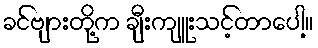
ခင်ဗျားတို့က ချီးကျူးသင့်တာပေါ့။